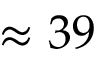
\approx 3 9